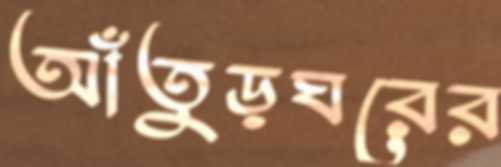
আঁতুড়ঘরের